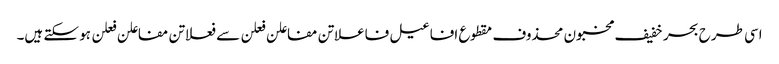
اسی طرح بحر خفیف مخبون محذوف مقطوع افاعیل فاعلاتن مفاعلن فعلن سے فعلاتن مفاعلن فعلن ہو سکتے ہیں۔